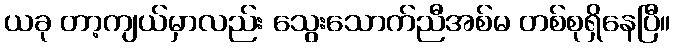
ယခု တာ့ကျယ်မှာလည်း သွေးသောက်ညီအစ်မ တစ်စုရှိနေပြီ။